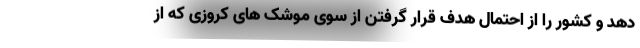
دهد و کشور را از احتمال هدف قرار گرفتن از سوی موشک های کروزی که از